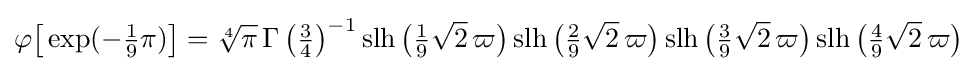
\varphi {\bigl [}\exp(-{\tfrac {1}{9}}\pi ){\bigr ]}={\sqrt[{4}]{\pi }}\,{\Gamma \left({\tfrac {3}{4}}\right)}^{-1}\operatorname {slh} {\bigl (}{\tfrac {1}{9}}{\sqrt {2}}\,\varpi {\bigr )}\operatorname {slh} {\bigl (}{\tfrac {2}{9}}{\sqrt {2}}\,\varpi {\bigr )}\operatorname {slh} {\bigl (}{\tfrac {3}{9}}{\sqrt {2}}\,\varpi {\bigr )}\operatorname {slh} {\bigl (}{\tfrac {4}{9}}{\sqrt {2}}\,\varpi {\bigr )}